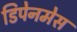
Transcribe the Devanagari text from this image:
डिपेनमेस